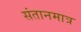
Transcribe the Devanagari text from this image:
संतानमात्र